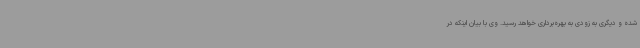
شده و دیگری به زودی به بهره‌برداری خواهد رسید. وی با بیان اینکه در